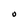
Character: O